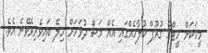
މީހަކަށް ހީޓްގެ ގުރޫޕް ކުލާހެއްގައި އެއް މަސް ދުވަހަށް ހިލޭ ބައިވެރިވެވޭނެ އެވެ.